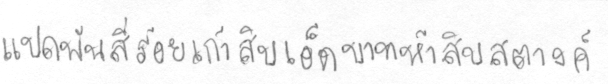
แปดพันสี่ร้อยเก้าสิบเอ็ดบาทห้าสิบสตางค์